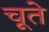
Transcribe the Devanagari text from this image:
चूते